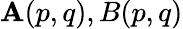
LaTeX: \mathbf{A}(p,q),B(p,q)